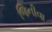
જિનીવા